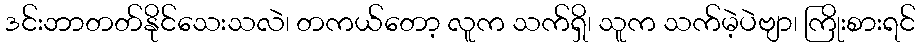
ဒင်းဘာတတ်နိုင်သေးသလဲ၊ တကယ်တော့ လူက သက်ရှိ၊ သူက သက်မဲ့ပဲဗျာ၊ ကြိုးစားရင်